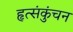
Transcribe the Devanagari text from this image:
हृत्संकुंचन